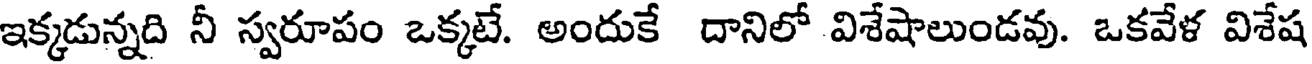
ఇక్కడున్నది నీ స్వరూపం ఒక్కటే. అందుకే దానిలో విశేషాలుండవు. ఒకవేళ విశేష